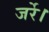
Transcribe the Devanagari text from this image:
जर्रे।